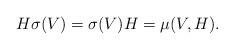
LaTeX: \begin{align*} H \sigma(V) = \sigma(V) H = \mu(V, H).\end{align*}